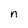
Character: n